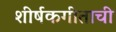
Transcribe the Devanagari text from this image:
शीर्षकगीताची